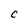
Character: C